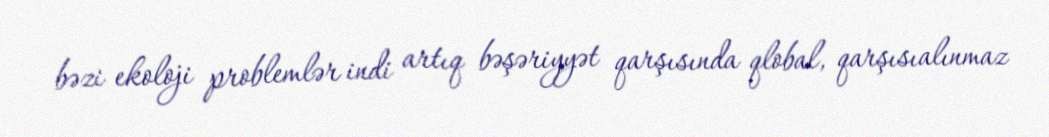
bəzi ekoloji problemlər indi artıq bəşəriyyət qarşısında qlobal, qarşısıalınmaz